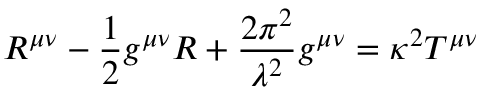
R ^ { \mu \nu } - \frac { 1 } { 2 } g ^ { \mu \nu } R + \frac { 2 \pi ^ { 2 } } { { \lambda } ^ { 2 } } g ^ { \mu \nu } = \kappa ^ { 2 } T ^ { \mu \nu }